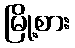
မြို့စား